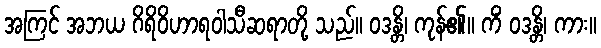
အကြင် အဘယ ဂိရိဝိဟာရဝါသီဆရာတို့ သည်။ ဝဒန္တိ၊ ကုန်၏။ ကိံ ဝဒန္တိ၊ ကား။